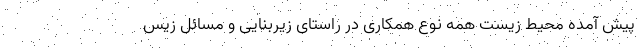
پیش آمده محیط‌ زیست همه نوع همکاری در راستای زیربنایی و مسائل زیس